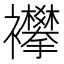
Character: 襻